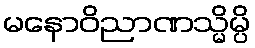
မနောဝိညာဏသ္မိမ္ပိ